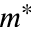
m ^ { * }